Vaccination North-Western Provinces and Oudh 1878-1895 - 1878-1895
Year: 1878
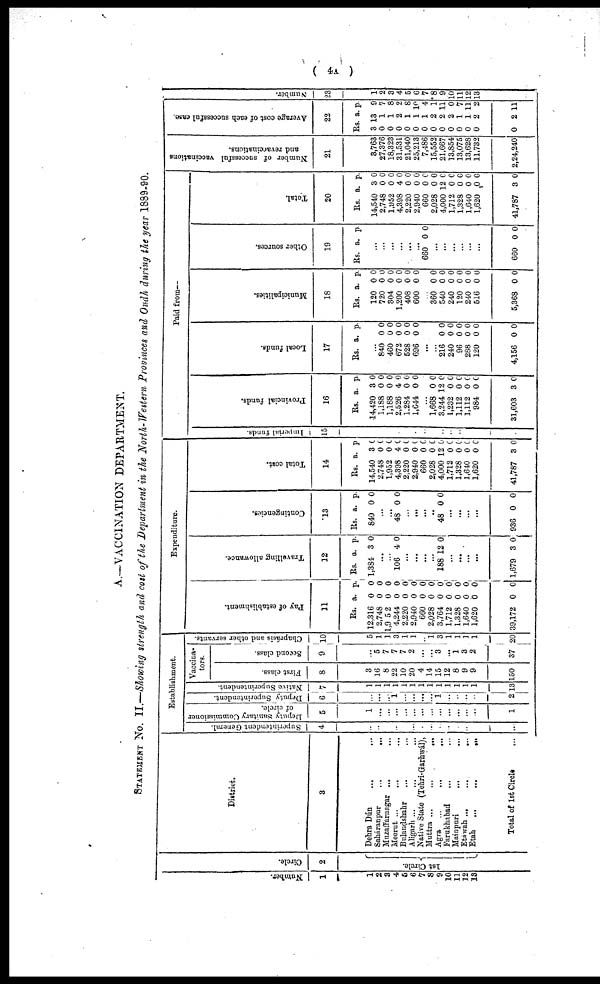
( 4A )
A.—VACCINATION DEPARTMENT.
STATEMENT No. II.—Showing strength and cost of the Department in the North-Western Provinces and Oudh during the year 1889-90.
Number.
1
1
2
3
4
5
6
7
8
9
10
11
12
13
Circle.
2
1st Circle.
District.
3
Dehra Dún
...
...
Saháranpur
...
...
Muzaffarnagar ... ...
Meerut ... ...
Bulandshahr ... ...
Aligarh ... ...
Native State (Tehri-Garhwál),
Muttra
...
...
Agra
...
...
Farukhabad ... ...
Mainpuri
...
...
Etáwah
...
...
Etah
...
...
Total of 1st Circle ...
Establishment.
Superintendent General.
4
...
...
...
...
...
...
...
...
...
...
...
...
...
...
Deputy Sanitary Commissioner
of circle.
5
1
...
...
...
...
...
...
...
...
...
...
...
...
1
Deputy Superintendent.
6
...
...
1 ...
...
...
...
... 1
...
...
...
...
2
Native Superintendent.
7
1
1
1
1
1
1
1
1
1
1
1
1
1
13
Vaccina¬
tors.
First class.
8
3
16
8
22
10
20
4
14
15
12
8
9
9
150
Second class.
9
5
7
7
7
2
...
...
3
...
1
3
2
37
Chaprásis and other servants.
10
5
1
1
3
1
1
...
1
3
1
1
1
1
20
Expenditure.
Pay of establishment.
11
Rs.
12,316
2,748
1,952
4,244
2,220
2,940
660
2,028
3,764
1,712
1,328
1,640
1,620
39,172
a.
0
0
0
0
0
0
0
0
0
0
0
0
0
0
p.
0
0
0
0
0
0
0
0
0
0
0
0
0
0
Travelling allowance.
12
Rs.
1,384
a.
3
p.
0
...
...
106 4 0
...
... ...
...
188 12 0
...
...
...
...
1,679 3 0
Contingencies.
13
Rs.
840
a.
0
p.
0
...
...
48 0 0
...
... ...
...
48 0 0
...
...
...
...
936 0 0
Total cost.
14
Rs.
14,540
2,748
1,952
4,398
2,220
2,940
660
2,028
4,000
1,712
1,328
1,640
1,620
41,787
a.
3
0
0
4
0
0
0
0
12
0
0
0
0
3
p.
0
0
0
0
0
0
0
0
0
0
0
0
0
0
Paid from—
Imperial funds.
15
...
...
...
...
...
...
...
...
...
...
...
...
...
...
Provincial funds.
16
Rs.
14,420
1,188
1,188
2,526
1,284
1,644
a.
3
0
0
4
0
0
p.
0
0
0
0
0
0
...
1,668
3,244
1,232
1,112
1,112
984
31,603
0
12
0
0
0
0
3
0
0
0
0
0
0
0
Local funds.
17
Rs. a. p.
...
840
460
672
528
696
0
0
0
0
0
0
0
0
0
0
...
...
216
240
96
288
120
4,156
0
0
0
0
0
0
0
0
0
0
0
0
Municipalities.
18
Rs.
120
720
304
1,200
408
600
a.
0
0
0
0
0
0
p.
0
0
0
0
0
0
...
360
540
240
120
240
516
5,368
0
0
0
0
0
0
0
0
0
0
0
0
0
0
Other sources.
19
Rs. a. p.
...
...
...
...
...
...
660 0 0
...
...
...
...
...
...
660 0 0
Total.
20
Rs.
14,540
2,748
1,952
4,398
2,220
2,940
660
2,028
4,000
1,712
1,328
1,640
1,620
41,787
a.
3
0
0
4
0
0
0
0
12
0
0
0
0
3
p.
0
0
0
0
0
0
0
0
0
C
0
0
0
0
Number of successful vaccinations
and revaccinations.
21
3,763
27,376
18,323
31,531
21,040
25,213
7,486
15,552
21,667
13,854
13,075
13,628
11,732
2,24,240
Average cost of each successful case.
22
Rs.
3
0
0
0
0
0
0
0
0
0
0
0
0
0
a.
13
1
1
2
1
1
1
2
2
2
1
1
2
2
p.
9
7
8
2
8
10
4
1
11
0
7
11
2
11
Number.
23
1
2
3
4
5
6
7
8
9
10
11
12
13